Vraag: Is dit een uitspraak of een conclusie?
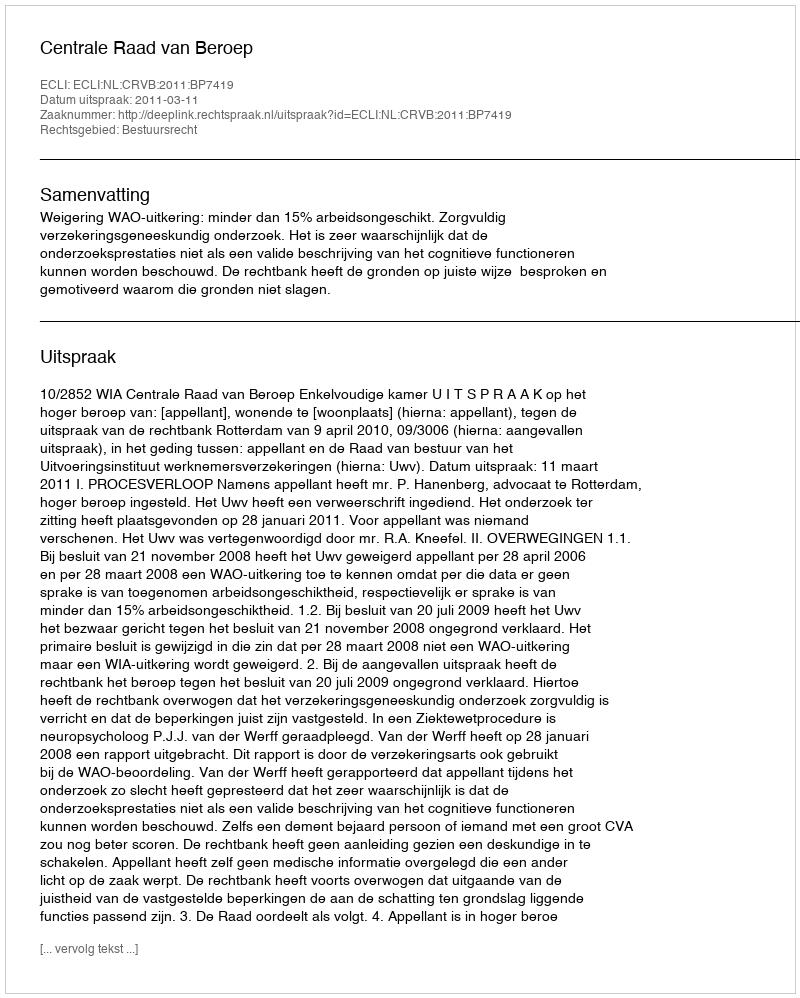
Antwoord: Uitspraak